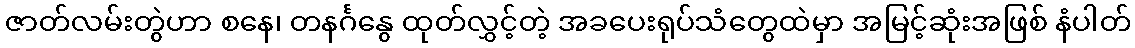
ဇာတ်လမ်းတွဲဟာ စနေ၊ တနင်္ဂနွေ ထုတ်လွှင့်တဲ့ အခပေးရုပ်သံတွေထဲမှာ အမြင့်ဆုံးအဖြစ် နံပါတ်